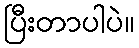
ပြီးတာပါပဲ။